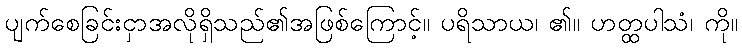
ပျက်စေခြင်းငှာအလိုရှိသည်၏အဖြစ်ကြောင့်။ ပရိသာယ၊ ၏။ ဟတ္ထပါသံ၊ ကို။